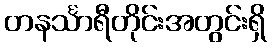
တနင်္သာရီတိုင်းအတွင်းရှိ